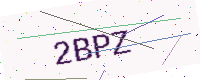
Text: 2BPZ